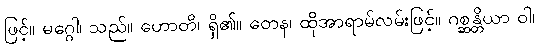
ဖြင့်။ မဂ္ဂေါ၊ သည်။ ဟောတိ၊ ရှိ၏။ တေန၊ ထိုအာရာမ်လမ်းဖြင့်။ ဂစ္ဆန္တိယာ ဝါ၊